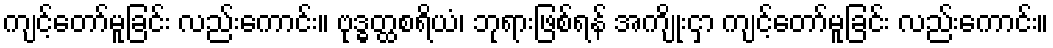
ကျင့်တော်မူခြင်း လည်းကောင်း။ ဗုဒ္ဓတ္ထစရိယံ၊ ဘုရားဖြစ်ရန် အကျိုးငှာ ကျင့်တော်မူခြင်း လည်းကောင်း။